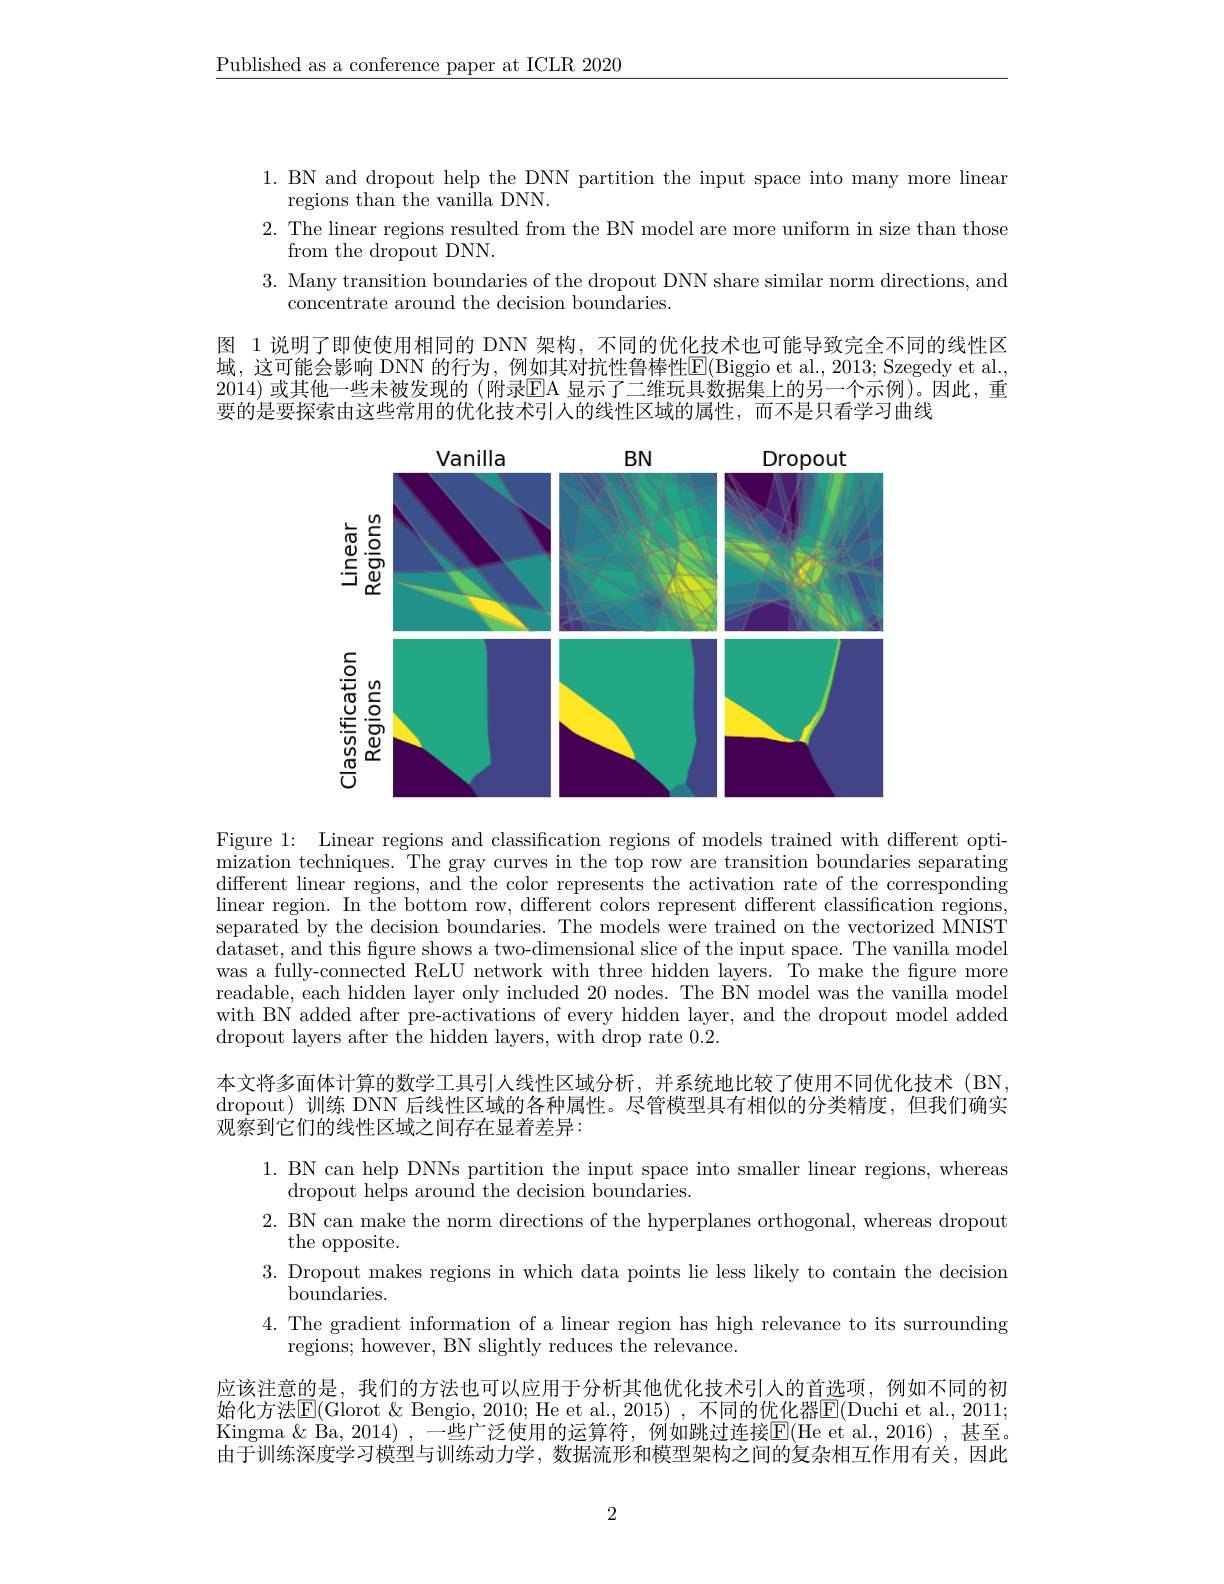
$\underline{\text{Published as a conference paper at ICLR 2020}}$

1. BN and dropout help the DNN partition the input space into many more linear
regions than the vanilla DNN.
2. The linear regions resulted from the BN model are more uniform in size than those
from the dropout DNN.
3. Many transition boundaries of the dropout DNN share similar norm directions, and
concentrate around the decision boundaries.

图 1 说明了即使使用相同的 DNN 架构，不同的优化技术也可能导致完全不同的线性区域，这可能会影响 DNN 的行为，例如其对抗性鲁棒性$\boxed{\mathrm{E}}($Biggio et al.,2013; Szegedy et al., 2014) 或其他一些未被发现的 (附录$\overline{\mathrm{EA}}$ 显示了二维玩具数据集上的另一个示例)。因此，重要的是要探索由这些常用的优化技术引人的线性区域的属性，而不是只看学习曲线

<FigureHere>

Figure 1: Linear regions and classification regions of models trained with different optimization techniques. The gray curves in the top row are transition boundaries separating different linear regions, and the color represents the activation rate of the corresponding linear region. In the bottom row, different colors represent different classification regions, separated by the decision boundaries. The models were trained on the vectorized MNIST dataset, and this fgure shows a two-dimensional slice of the input space. The vanilla model was a fully-connected ReLU network with three hidden layers. To make the figure more readable, each hidden layer only included 20 nodes. The BN model was the vanilla model with BN'added after pre-activations of every hidden layer, and the dropout model added dropout layers after the hidden layers, with drop rate 0.2.

本文将多面体计算的数学工具引人线性区域分析，并系统地比较了使用不同优化技术(BN, dropout)训练 DNN 后线性区域的各种属性。尽管模型具有相似的分类精度，但我们确实观察到它们的线性区域之间存在显着差异：
1. BN can help DNNs partition the input space into smaller linear regions, whereas
dropout helps around the decision boundaries.
2. BN can make the norm directions of the hyperplanes orthogonal, whereas dropout
the opposite.
3. Dropout makes regions in which data points lie less likely to contain the decision
${\overset{\mathrm{boundaries.}}{\operatorname*{\operatorname*{boundaries.}}}}$
4. The gradient information of a linear region has high relevance to its surrounding
regions; however, BN slightly reduces the relevance.
应该注意的是，我们的方法也可以应用于分析其他优化技术引人的首选项，例如不同的初始化方法$\underline{\mathrm{E}}($Glorot &Bengio, 2010; He et al., 2015) , 不同的优化器$\underline{\mathrm{E}}($Duchi et al., 2011; Kingma $\&$ Ba, 2014) ,一些广泛使用的运算符，例如跳过连接$\overline{\mathrm{E}}($He et al.,2016) , 甚至。由于训练深度学习模型与训练动力学，数据流形和模型架构之间的复杂相互作用有关，因此

2